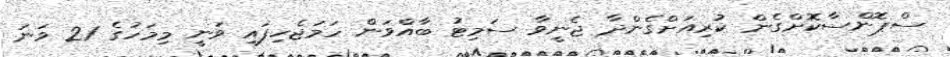
ސްޕޮންސާކޮށްގެން ކުރިއަށްގެންދާ ޖެނީވާ ސަމިޓު ބާއްވަން ހަމަޖެހިފައި ވަނީ މިމަހުގެ 21 ވަނަ